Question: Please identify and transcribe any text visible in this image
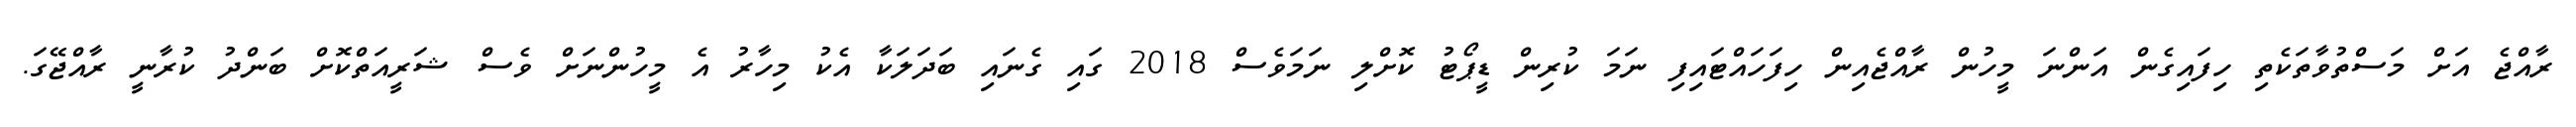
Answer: ރާއްޖެ އަށް މަސްތުވާތަކެތި ހިފައިގެން އަންނަ މީހުން ރާއްޖެއިން ހިފަހައްޓައިފި ނަމަ ކުރިން ޑީޕޯޓު ކޮށްލި ނަމަވެސް 2018 ގައި ގެނައި ބަދަލަކާ އެކު މިހާރު އެ މީހުންނަށް ވެސް ޝަރީއަތްކޮށް ބަންދު ކުރާނީ ރާއްޖޭގަ.